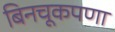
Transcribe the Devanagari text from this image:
बिनचूकपणा